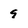
Character: 9